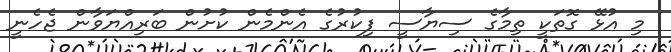
މި އުޅޭ ގޮތަކީ ތިމާގެ ސިޔާސީ ފިކުރުގެ އެންމެން ކުށުން ބަރިއްޔަވާން ޖެހެނީ